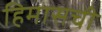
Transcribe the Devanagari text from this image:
हिमासची